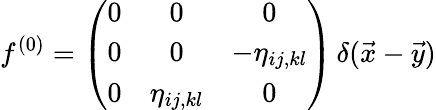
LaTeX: f^{(0)}=\left(\begin{array}{ccc}{{0}}&{{0}}&{{0}}\\ {{0}}&{{0}}&{{-\eta_{ij,kl}}}\\ {{0}}&{{\eta_{ij,kl}}}&{{0}}\end{array}\right)\, \delta(\vec{x}-\vec{y})